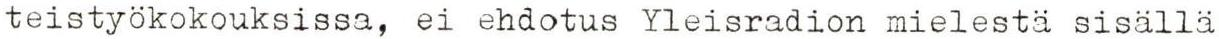
teistyökokouksissa, ei ehdotus Yleisradion mielestä sisällä